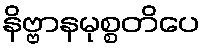
နိဗ္ဗာနမုစ္စတိပေ